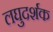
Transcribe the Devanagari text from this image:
लघुदर्शक